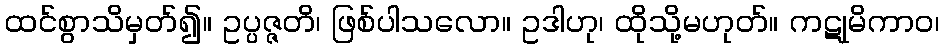
ထင်စွာသိမှတ်၍။ ဥပ္ပဇ္ဇတိ၊ ဖြစ်ပါသလော။ ဥဒါဟု၊ ထိုသို့မဟုတ်။ ကဋုမိကာဝ၊